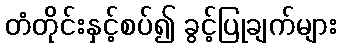
တံတိုင်းနှင့်စပ်၍ ခွင့်ပြုချက်များ